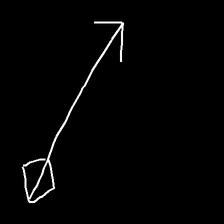
Glyph: focus